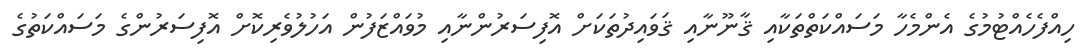
ހިއްފެހެއްޓުމުގެ އެންމެހާ މަސައްކަތްތަކާއި ޤާނޫނާއި ޤަވައިދުތަކަށް އޮފިސަރުންނާއި މުވައްޒަފުން އަހުލުވެރިކޮށް އޮފިސަރުންގެ މަސައްކަތުގެ